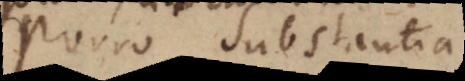
Porro Substantia